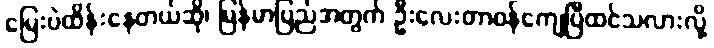
မြေးပဲထိန်းနေတယ်ဆို၊ မြန်မာပြည်အတွက် ဦးလေးတာဝန်ကျေပြီထင်သလားလို့